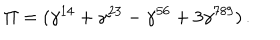
LaTeX: \Pi = ( \gamma ^ { 1 4 } + \gamma ^ { 2 3 } - \gamma ^ { 5 6 } + 3 \gamma ^ { 7 8 9 } ) \, .